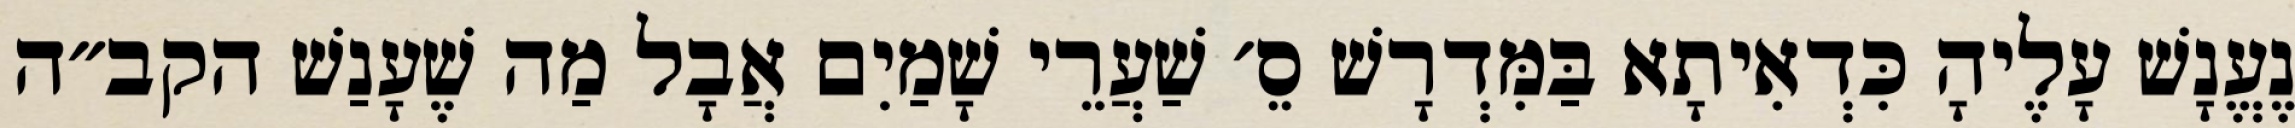
נֶעֱנָשׁ עָלֶיהָ כִּדְאִיתָא בַּמִּדְרָשׁ סֵ׳ שַׁעֲרֵי שָׁמַיִם אֲבָל מַה שֶׁעָנַשׁ הקב״ה